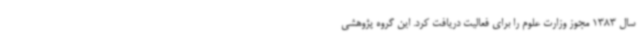
سال 1383 مجوز وزارت علوم را برای فعالیت دریافت کرد. این گروه پژوهشی